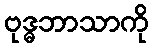
ဗုဒ္ဓဘာသာကို